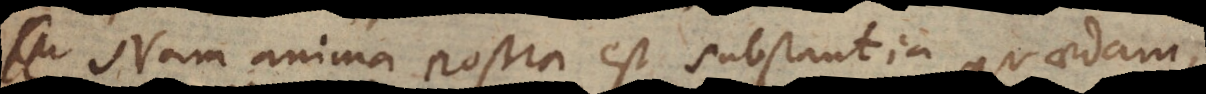
Nam anima nostra est substantia quaedam,